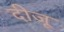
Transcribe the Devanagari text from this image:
दीजू